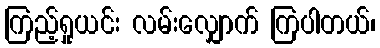
ကြည့်ရှုယင်း လမ်းလျှောက် ကြပါတယ်၊